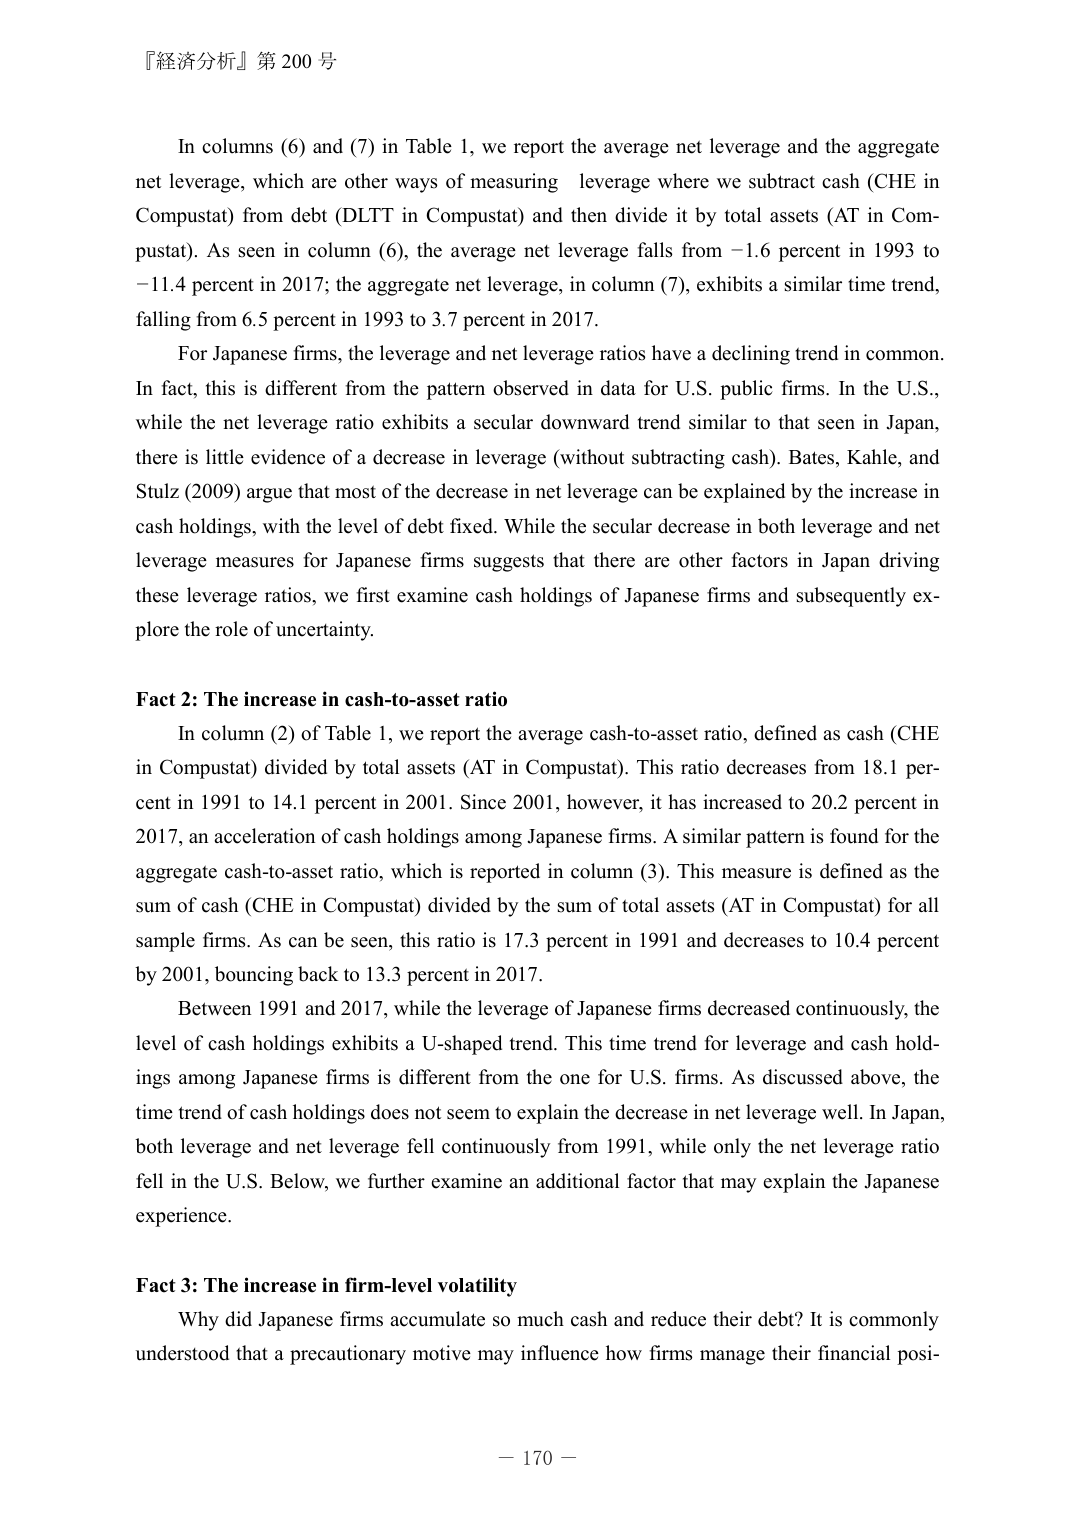
『経済分析』第 200 号

In columns (6) and (7) in Table 1, we report the average net leverage and the aggregate net leverage, which are other ways of measuring leverage where we subtract cash (CHE in Compustat) from debt (DLTT in Compustat) and then divide it by total assets (AT in Compustat). As seen in column (6), the average net leverage falls from −1.6 percent in 1993 to −11.4 percent in 2017; the aggregate net leverage, in column (7), exhibits a similar time trend, falling from 6.5 percent in 1993 to 3.7 percent in 2017.

For Japanese firms, the leverage and net leverage ratios have a declining trend in common. In fact, this is different from the pattern observed in data for U.S. public firms. In the U.S., while the net leverage ratio exhibits a secular downward trend similar to that seen in Japan, there is little evidence of a decrease in leverage (without subtracting cash). Bates, Kahle, and Stulz (2009) argue that most of the decrease in net leverage can be explained by the increase in cash holdings, with the level of debt fixed. While the secular decrease in both leverage and net leverage measures for Japanese firms suggests that there are other factors in Japan driving these leverage ratios, we first examine cash holdings of Japanese firms and subsequently explore the role of uncertainty.

Fact 2: The increase in cash-to-asset ratio

In column (2) of Table 1, we report the average cash-to-asset ratio, defined as cash (CHE in Compustat) divided by total assets (AT in Compustat). This ratio decreases from 18.1 percent in 1991 to 14.1 percent in 2001. Since 2001, however, it has increased to 20.2 percent in 2017, an acceleration of cash holdings among Japanese firms. A similar pattern is found for the aggregate cash-to-asset ratio, which is reported in column (3). This measure is defined as the sum of cash (CHE in Compustat) divided by the sum of total assets (AT in Compustat) for all sample firms. As can be seen, this ratio is 17.3 percent in 1991 and decreases to 10.4 percent by 2001, bouncing back to 13.3 percent in 2017.

Between 1991 and 2017, while the leverage of Japanese firms decreased continuously, the level of cash holdings exhibits a U-shaped trend. This time trend for leverage and cash holdings among Japanese firms is different from the one for U.S. firms. As discussed above, the time trend of cash holdings does not seem to explain the decrease in net leverage well. In Japan, both leverage and net leverage fell continuously from 1991, while only the net leverage ratio fell in the U.S. Below, we further examine an additional factor that may explain the Japanese experience.

Fact 3: The increase in firm-level volatility

Why did Japanese firms accumulate so much cash and reduce their debt? It is commonly understood that a precautionary motive may influence how firms manage their financial posi-

— 170 —